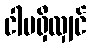
ငါမရှိလျှင်